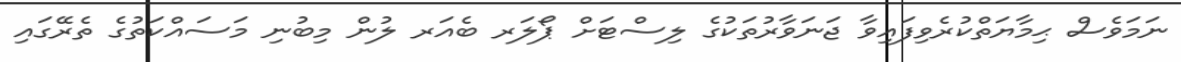
ނަމަވެސް ޙިމާޔަތްކުރެވިފައިވާ ޖަނަވާރުތަކުގެ ލިސްޓަށް ޕޯލަރ ބެއަރ ލުން މިބުނި މަސައްކަތުގެ ތެރޭގައި